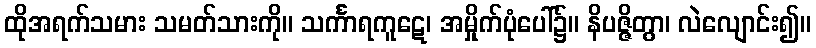
ထိုအရက်သမား သမတ်သားကို။ သင်္ကာရကူဋေ၊ အမှိုက်ပုံပေါ်၌။ နိပဇ္ဇိတွာ၊ လဲလျောင်း၍။